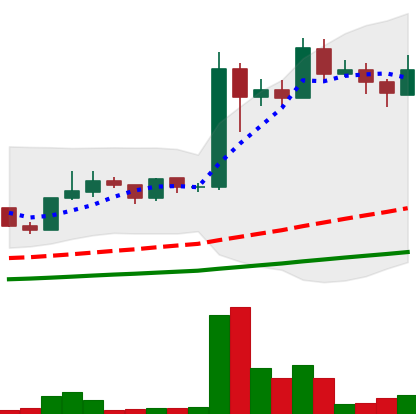
Ticker: LINK-USD
Chart end date: 2019-06-22
Forward return: 23.337%
Label: up_7plus